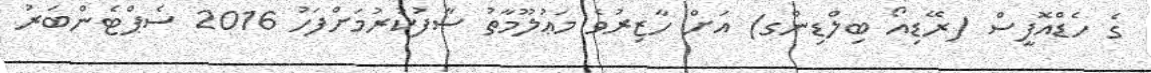
ގެ ހެޑްއޮފީސް (ރޭޑިއޯ ބިލްޑިންގ) އަށް ހާޒިރުވެ މަޢުލޫމާތު ސާފުކުރުމަށްފަހު 2016 ސެޕްޓެންބަރު